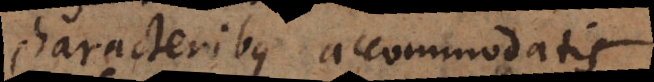
characteribus accommodatis